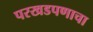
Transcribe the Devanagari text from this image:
परखडपणाचा